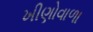
ખીણોવાળા